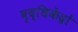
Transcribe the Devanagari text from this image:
वृद्धिकेंद्रों